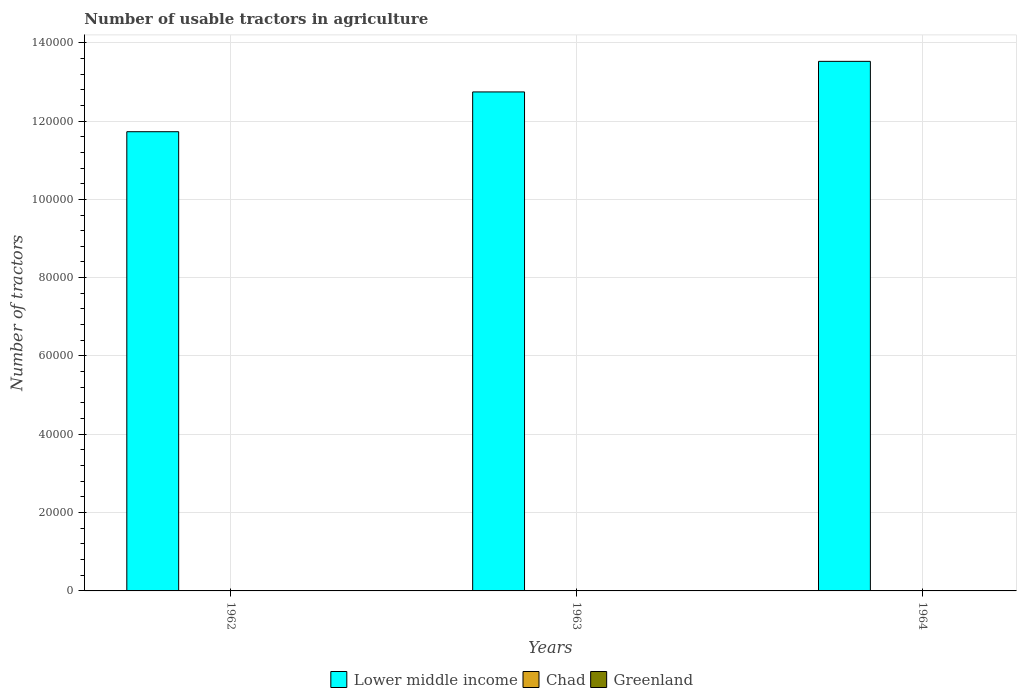
| Years | Lower middle income | Chad | Greenland |
 | --- | --- | --- | --- |
 | 1962 | 1.17e+05 | 18 | 40 |
 | 1963 | 1.27e+05 | 28 | 42 |
 | 1964 | 1.35e+05 | 28 | 44 |